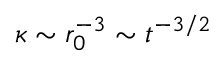
\kappa \sim r _ { 0 } ^ { - 3 } \sim t ^ { - 3 / 2 }